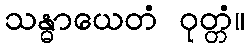
သန္ဓာယေတံ ဝုတ္တံ။